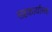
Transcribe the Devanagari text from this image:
सहकार्यांसह